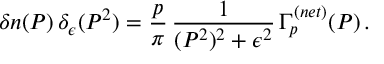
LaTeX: \delta n ( P ) \, \delta _ { \epsilon } ( P ^ { 2 } ) = \frac { p } { \pi } \, \frac { 1 } { ( P ^ { 2 } ) ^ { 2 } + \epsilon ^ { 2 } } \, \Gamma _ { p } ^ { ( n e t ) } ( P ) \, .